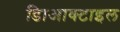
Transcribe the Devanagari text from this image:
डािआक्टाइल